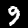
Digit: 9